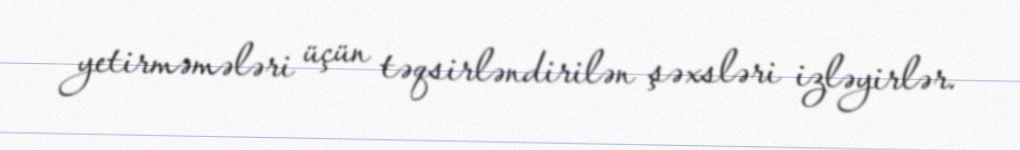
yetirməmələri üçün təqsirləndirilən şəxsləri izləyirlər.